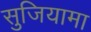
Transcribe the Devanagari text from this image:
सुजियामा